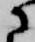
に